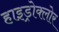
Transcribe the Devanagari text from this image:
हाइड्रोक्लोर